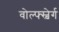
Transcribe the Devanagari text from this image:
वोल्फ्स्बेर्ग